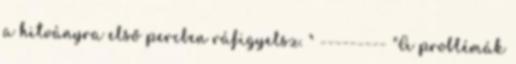
a hitványra első percben ráfigyelsz. " --------- "A problémák